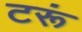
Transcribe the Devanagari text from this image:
टरूं